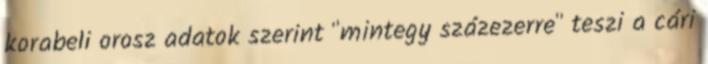
korabeli orosz adatok szerint "mintegy százezerre" teszi a cári